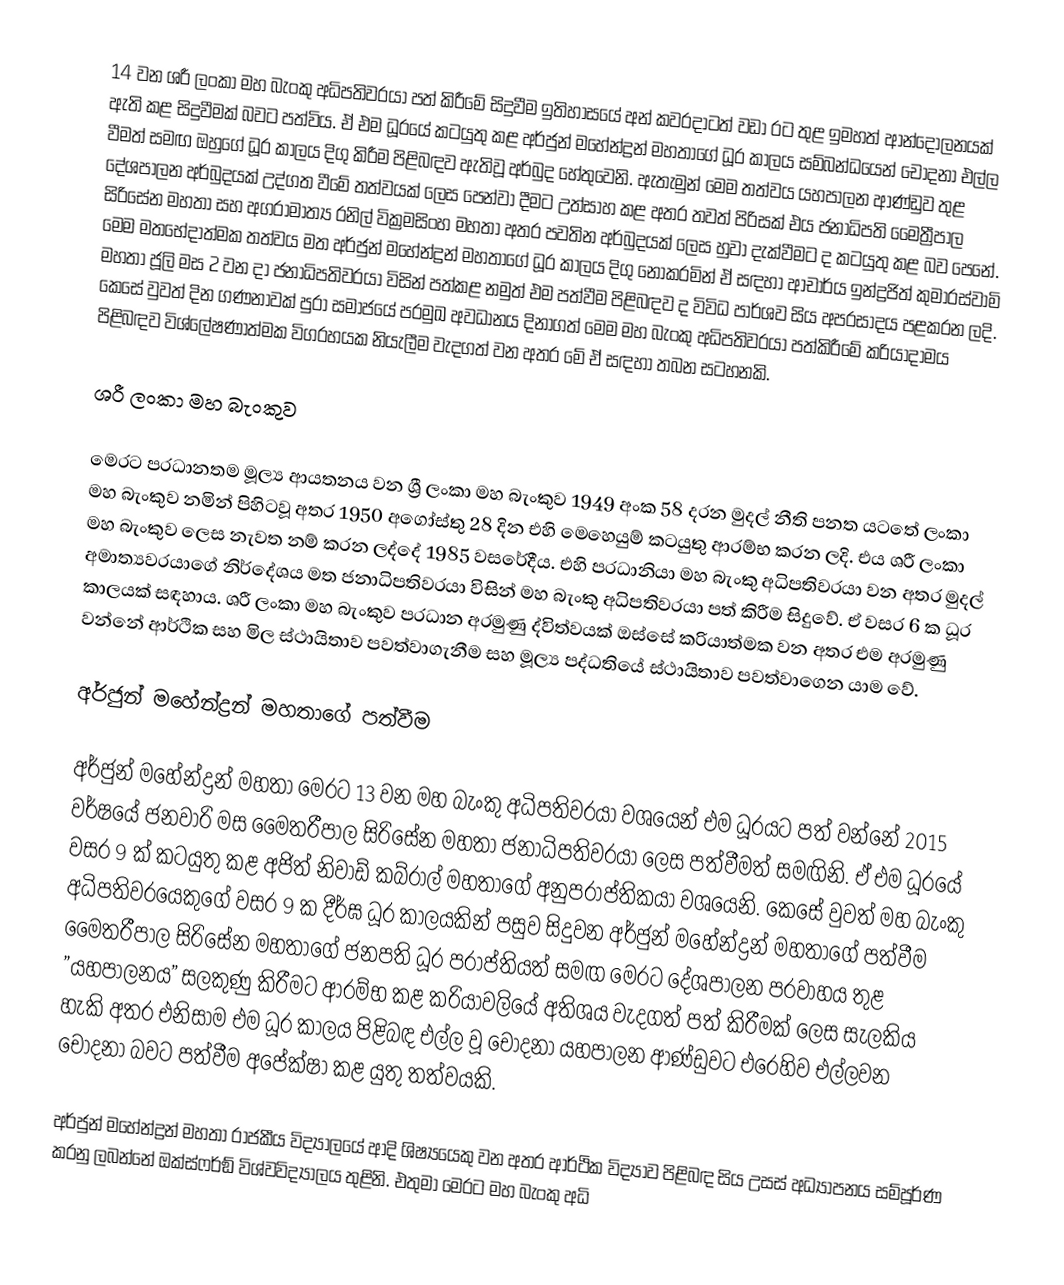
14 වන ශ‍්‍රී ලංකා මහ බැංකු අධිපතිවරයා පත් කිරීමේ සිදුවීම ඉතිහාසයේ අන් කවරදාටත් වඩා රට තුළ ඉමහත් ආන්දෝලනයක් ඇති කළ සිදුවීමක් බවට පත්විය. ඒ එම ධූරයේ කටයුතු කළ අර්ජුන් මහේන්ද්‍රන් මහතාගේ ධූර කාලය සම්බන්ධයෙන් චෝදනා එල්ල වීමත් සමඟ ඔහුගේ ධූර කාලය දිගු කිරීම පිළිබඳව ඇතිවූ අර්බුද හේතුවෙනි. ඇතැමුන් මෙම තත්වය යහපාලන ආණ්ඩුව තුළ දේශපාලන අර්බුදයක් උද්ගත වීමේ තත්වයක් ලෙස පෙන්වා දීමට උත්සාහ කළ අතර තවත් පිරිසක් එය ජනාධිපති මෛත්‍රීපාල සිරිසේන මහතා සහ අග‍්‍රාමාත්‍ය රනිල් වික්‍රමසිංහ මහතා අතර පවතින අර්බුදයක් ලෙස හුවා දැක්වීමට ද කටයුතු කළ බව පෙනේ. මෙම මතභේදාත්මක තත්වය මත අර්ජුන් මහේන්ද්‍රන් මහතාගේ ධූර කාලය දිගු නොකරමින් ඒ සඳහා ආචාර්ය ඉන්ද්‍රජිත් කුමාරස්වාමි මහතා ජූලි මස 2 වන දා ජනාධිපතිවරයා විසින් පත්කළ නමුත් එම පත්වීම පිළිබඳව ද විවිධ පාර්ශව සිය අප‍්‍රසාදය පළකරන ලදි. කෙසේ වුවත් දින ගණනාවක් පුරා සමාජයේ ප‍්‍රමුඛ අවධානය දිනාගත් මෙම මහ බැංකු අධිපතිවරයා පත්කිරීමේ ක‍්‍රියාදාමය පිළිබඳව විශ්ලේෂණාත්මක විග‍්‍රහයක නියැලීම වැදගත් වන අතර මේ ඒ සඳහා තබන සටහනකි.

ශ‍්‍රී ලංකා මහ බැංකුව

මෙරට ප‍්‍රධානතම මූල්‍ය ආයතනය වන ශ්‍රී ලංකා මහ බැංකුව 1949 අංක 58 දරන මුදල් නීති පනත යටතේ ලංකා මහ බැංකුව නමින් පිහිටවූ අතර 1950 අගෝස්තු 28 දින එහි මෙහෙයුම් කටයුතු ආරම්භ කරන ලදි. එය ශ‍්‍රී ලංකා මහ බැංකුව ලෙස නැවත නම් කරන ලද්දේ 1985 වසරේදීය. එහි ප‍්‍රධානියා මහ බැංකු අධිපතිවරයා වන අතර මුදල් අමාත්‍යවරයාගේ නිර්දේශය මත ජනාධිපතිවරයා විසින් මහ බැංකු අධිපතිවරයා පත් කිරීම සිදුවේ. ඒ වසර 6 ක ධූර කාලයක් සඳහාය. ශ‍්‍රී ලංකා මහ බැංකුව ප‍්‍රධාන අරමුණු ද්විත්වයක් ඔස්සේ ක‍්‍රියාත්මක වන අතර එම අරමුණු වන්නේ ආර්ථික සහ මිල ස්ථායිතාව පවත්වාගැනීම සහ මූල්‍ය පද්ධතියේ ස්ථායිතාව පවත්වාගෙන යාම වේ.

අර්ජුන් මහේන්ද්‍රන් මහතාගේ පත්වීම

අර්ජුන් මහේන්ද්‍රන් මහතා මෙරට 13 වන මහ බැංකු අධිපතිවරයා වශයෙන් එම ධූරයට පත් වන්නේ 2015 වර්ෂයේ ජනවාරි මස මෛත‍්‍රීපාල සිරිසේන මහතා ජනාධිපතිවරයා ලෙස පත්වීමත් සමඟිනි. ඒ එම ධූරයේ වසර 9 ක් කටයුතු කළ අජිත් නිවාඩ් කබ්රාල් මහතාගේ අනුප‍්‍රාප්තිකයා වශයෙනි. කෙසේ වුවත් මහ බැංකු අධිපතිවරයෙකුගේ වසර 9 ක දීර්ඝ ධූර කාලයකින් පසුව සිදුවන අර්ජුන් මහේන්ද්‍රන් මහතාගේ පත්වීම මෛත‍්‍රීපාල සිරිසේන මහතාගේ ජනපති ධූර ප‍්‍රාප්තියත් සමඟ මෙරට දේශපාලන ප‍්‍රවාහය තුළ ”යහපාලනය” සලකුණු කිරීමට ආරම්භ කළ ක‍්‍රියාවලියේ අතිශය වැදගත් පත් කිරීමක් ලෙස සැලකිය හැකි අතර එනිසාම එම ධූර කාලය පිළිබඳ එල්ල වූ චෝදනා යහපාලන ආණ්ඩුවට එරෙහිව එල්ලවන චෝදනා බවට පත්වීම අපේක්ෂා කළ යුතු තත්වයකි.

අර්ජුන් මහේන්ද්‍රන් මහතා රාජකීය විද්‍යාලයේ ආදි ශිෂ්‍යයෙකු වන අතර ආර්ථික විද්‍යාව පිළිබඳ සිය උසස් අධ්‍යාපනය සම්පූර්ණ කරනු ලබන්නේ ඔක්ස්ෆර්ඞ් විශ්වවිද්‍යාලය තුළිනි. එතුමා මෙරට මහ බැංකු අධි